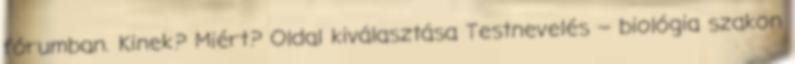
fórumban. Kinek? Miért? Oldal kiválasztása Testnevelés – biológia szakon